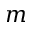
m